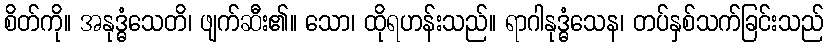
စိတ်ကို။ အနုဒ္ဓံသေတိ၊ ဖျက်ဆီး၏။ သော၊ ထိုရဟန်းသည်။ ရာဂါနုဒ္ဓံသေန၊ တပ်နှစ်သက်ခြင်းသည်